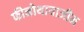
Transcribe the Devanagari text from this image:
फीनोथायाजीन